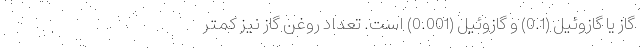
گاز یا گازوئیل (0.1) و گازوئیل (0.001) است. تعداد روغن گاز نیز کمتر